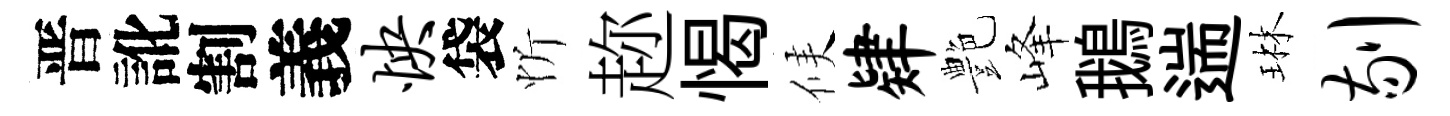
晋訛割義怏袋忻趂愒候肄艶峰鵝遄琳剔